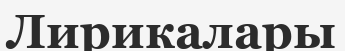
Лирикалары